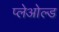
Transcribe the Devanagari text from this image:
प्लेओल्ड